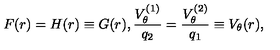
F ( r ) = H ( r ) \equiv G ( r ) , \frac { V _ { \theta } ^ { ( 1 ) } } { q _ { 2 } } = \frac { V _ { \theta } ^ { ( 2 ) } } { q _ { 1 } } \equiv V _ { \theta } ( r ) ,